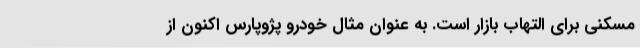
مسکنی برای التهاب بازار است. به عنوان مثال خودرو پژوپارس اکنون از